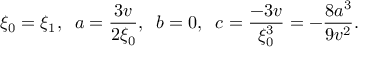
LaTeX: \xi _ { 0 } = \xi _ { 1 } , \; \; a = \frac { 3 v } { 2 \xi _ { 0 } } , \; \; b = 0 , \; \; c = \frac { - 3 v } { \xi _ { 0 } ^ { 3 } } = - \frac { 8 a ^ { 3 } } { 9 v ^ { 2 } } .